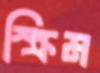
স্ক্রিম